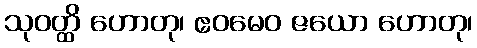
သုဝတ္ထိ ဟောတု၊ ဧဝမေဝ ဇယော ဟောတု၊